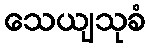
သေယျသုခံ